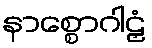
နာစ္စောဂါဠှံ